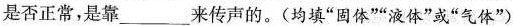
是否正常，是靠___来传声的。(均填”固体””液体”或”气体”)